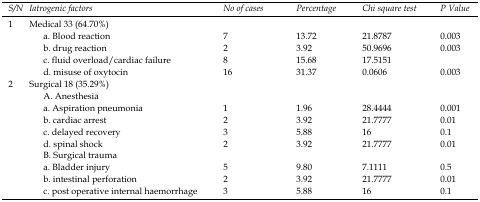
<table><thead><tr><td><b><i>S/N</i></b></td><td><b><i>Iatrogenic factors</i></b></td><td><b><i>No of cases</i></b></td><td><b><i>Percentage</i></b></td><td><b><i>Chi square test</i></b></td><td><b><i>P Value</i></b></td></tr></thead><tbody><tr><td>1</td><td><i>Medical 33 (64.70%)</i>a. Blood reactionb. drug reactionc. fluid overload/cardiac failured. misuse of oxytocin</td><td>72816</td><td>13.723.9215.6831.37</td><td>21.878750.969617.51510.0606</td><td>0.0030.0030.003</td></tr><tr><td>2</td><td><i>Surgical 18 (35.29%)</i>A. Anesthesiaa. Aspiration pneumoniab. cardiac arrest c. delayed recoveryd. spinal shockB. Surgical traumaa. Bladder injuryb. intestinal perforationc. post operative internal haemorrhage</td><td>1232523</td><td>1.963.925.883.929.803.925.88</td><td>28.444421.77771621.77777.111121.777716</td><td>0.0010.010.10.010.50.010.1</td></tr></tbody></table>